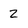
Character: 2